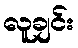
လူချင်း